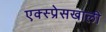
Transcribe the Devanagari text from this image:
एक्स्प्रेसखाली